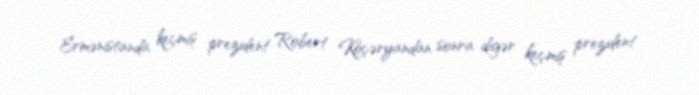
Ermənistanda keçmiş prezident Robert Köçəryandan sonra digər keçmiş prezident